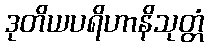
ဒုတိယပရိဟာနိသုတ္တံ